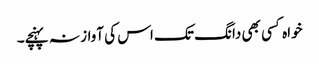
خواہ کسی بھی دانگ تک اس کی آواز نہ پہنچے۔